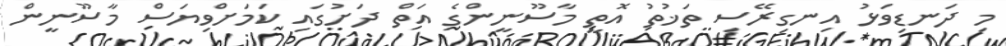
މި ދަނޑިވަޅު އިނގިރޭސި ތަޚުތު އޮތީ މާސޫނީންގެ އަތް ދަށުގައި ކަމަށްވިޔަސް މާސޫނީން